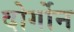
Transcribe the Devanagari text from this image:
दोर्गोन